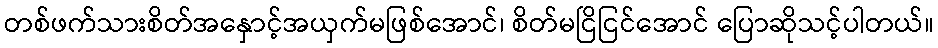
တစ်ဖက်သားစိတ်အနှောင့်အယှက်မဖြစ်အောင်၊ စိတ်မငြိငြင်အောင် ပြောဆိုသင့်ပါတယ်။